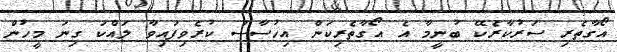
އޯގާތެރި ސަރުކާރެކޭ ބުނީމާ އެ އޯގާތެރިކަން އިހުސާސު ކުރެވިފައިވާ ލައްކަ ގިނަ މީހުން